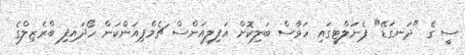
ސީ ގެ "ދަނގަޑޭ" ޕެނަލްޓީގައި ހަވާސް ބަލިކޮށް އަފިލިއަންސް ޗެމްޕިއަންކަން ހޯދައިފި ބްރެޒިލްގެ